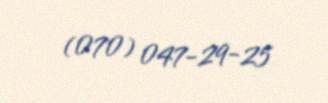
(070) 047-29-25